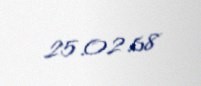
25.02.68